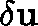
\mathbf { \delta u }